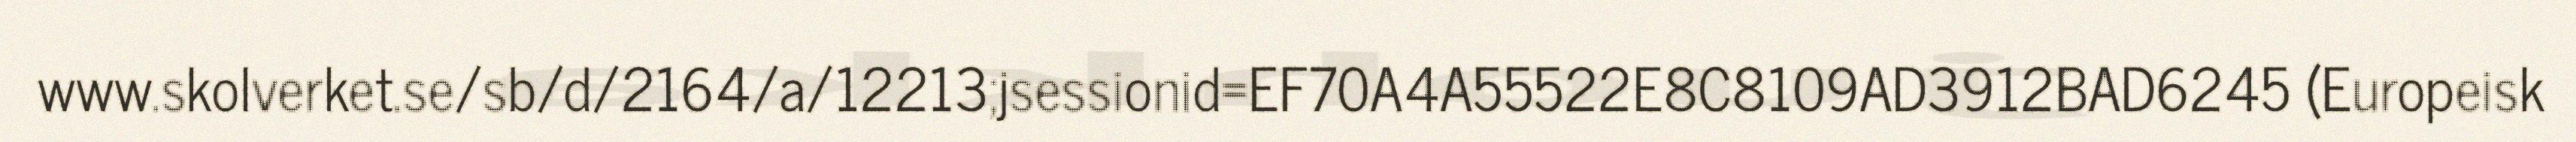
www.skolverket.se/sb/d/2164/a/12213;jsessionid=EF70A4A55522E8C8109AD3912BAD6245 (Europeisk